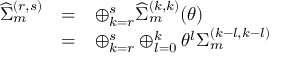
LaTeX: \begin{array} { l c l } { { { \widehat \Sigma } _ { m } ^ { ( r , s ) } } } & { { = } } & { { \oplus _ { k = r } ^ { s } { \widehat \Sigma } _ { m } ^ { ( k , k ) } ( \theta ) } } \\ { { } } & { { = } } & { { \oplus _ { k = r } ^ { s } \oplus _ { l = 0 } ^ { k } { \theta } ^ { l } { \Sigma } _ { m } ^ { ( k - l , k - l ) } } } \end{array}